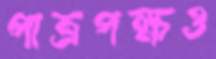
পাত্রপক্ষও